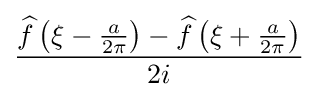
{\frac {{\widehat {f}}\left(\xi -{\frac {a}{2\pi }}\right)-{\widehat {f}}\left(\xi +{\frac {a}{2\pi }}\right)}{2i}}